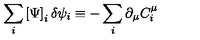
\sum _ { i } \left[ \Psi \right] _ { i } \delta \psi _ { i } \equiv - \sum _ { i } \partial _ { \mu } C _ { i } ^ { \mu }